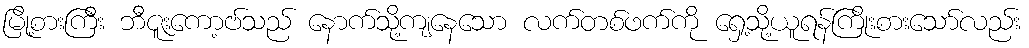
မြို့စားကြီး ဘီဇူးကော့ဗ်သည် နောက်သို့ကျနေသော လက်တစ်ဖက်ကို ရှေ့သို့ယူရန်ကြိုးစားသော်လည်း